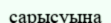
сарысуына